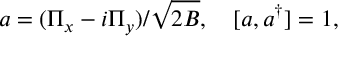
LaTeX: a = ( \Pi _ { x } - i \Pi _ { y } ) / \sqrt { 2 B } , \ \ \ [ a , a ^ { \dagger } ] = 1 ,